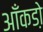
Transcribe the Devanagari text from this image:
आँकडो़